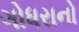
ગોધરાનો